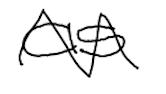
Text: as
Cross-out: zig-zag
Writing tool: digital_black